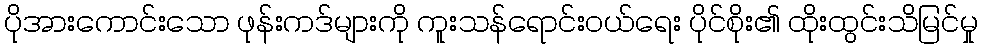
ပိုအားကောင်းသော ဖုန်းကဒ်များကို ကူးသန်ရောင်းဝယ်ရေး ပိုင်စိုး၏ ထိုးထွင်းသိမြင်မှု